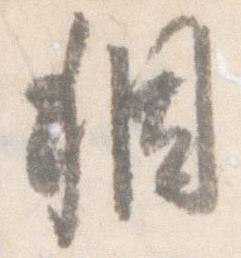
稠